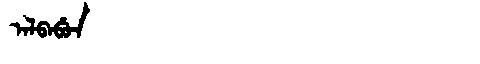
Manchu: ᠠᠯᠪᠠᠪᡠᠨ
Romanization: ALBABUN